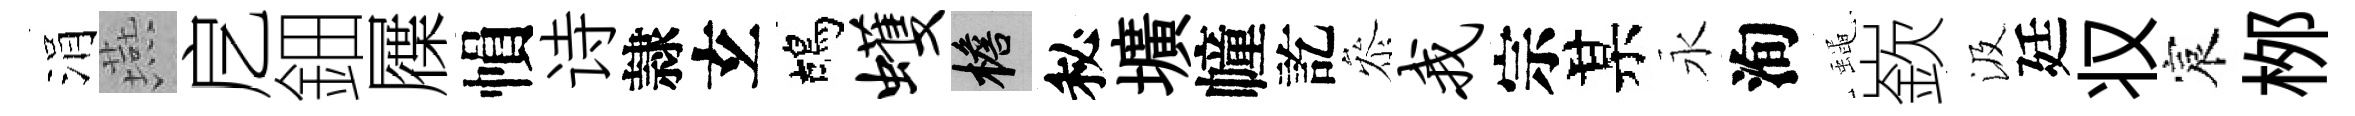
涓燕戹鈿屧𢄙诗隷𤣥鴣蠖檐秘壙幢訖叅我宗某永洵蠅嶔汲廷𠬧宸桞